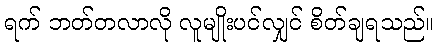
ရက် ဘတ်တလာလို လူမျိုးပင်လျှင် စိတ်ချရသည်။